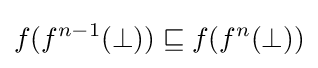
f(f^{n-1}(\bot ))\sqsubseteq f(f^{n}(\bot ))